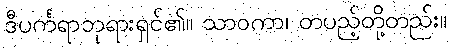
ဒီပင်္ကရာဘုရားရှင်၏။ သာဝကာ၊ တပည့်တို့တည်း။